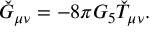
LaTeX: \check { G } _ { \mu \nu } = - 8 \pi G _ { 5 } \check { T } _ { \mu \nu } .